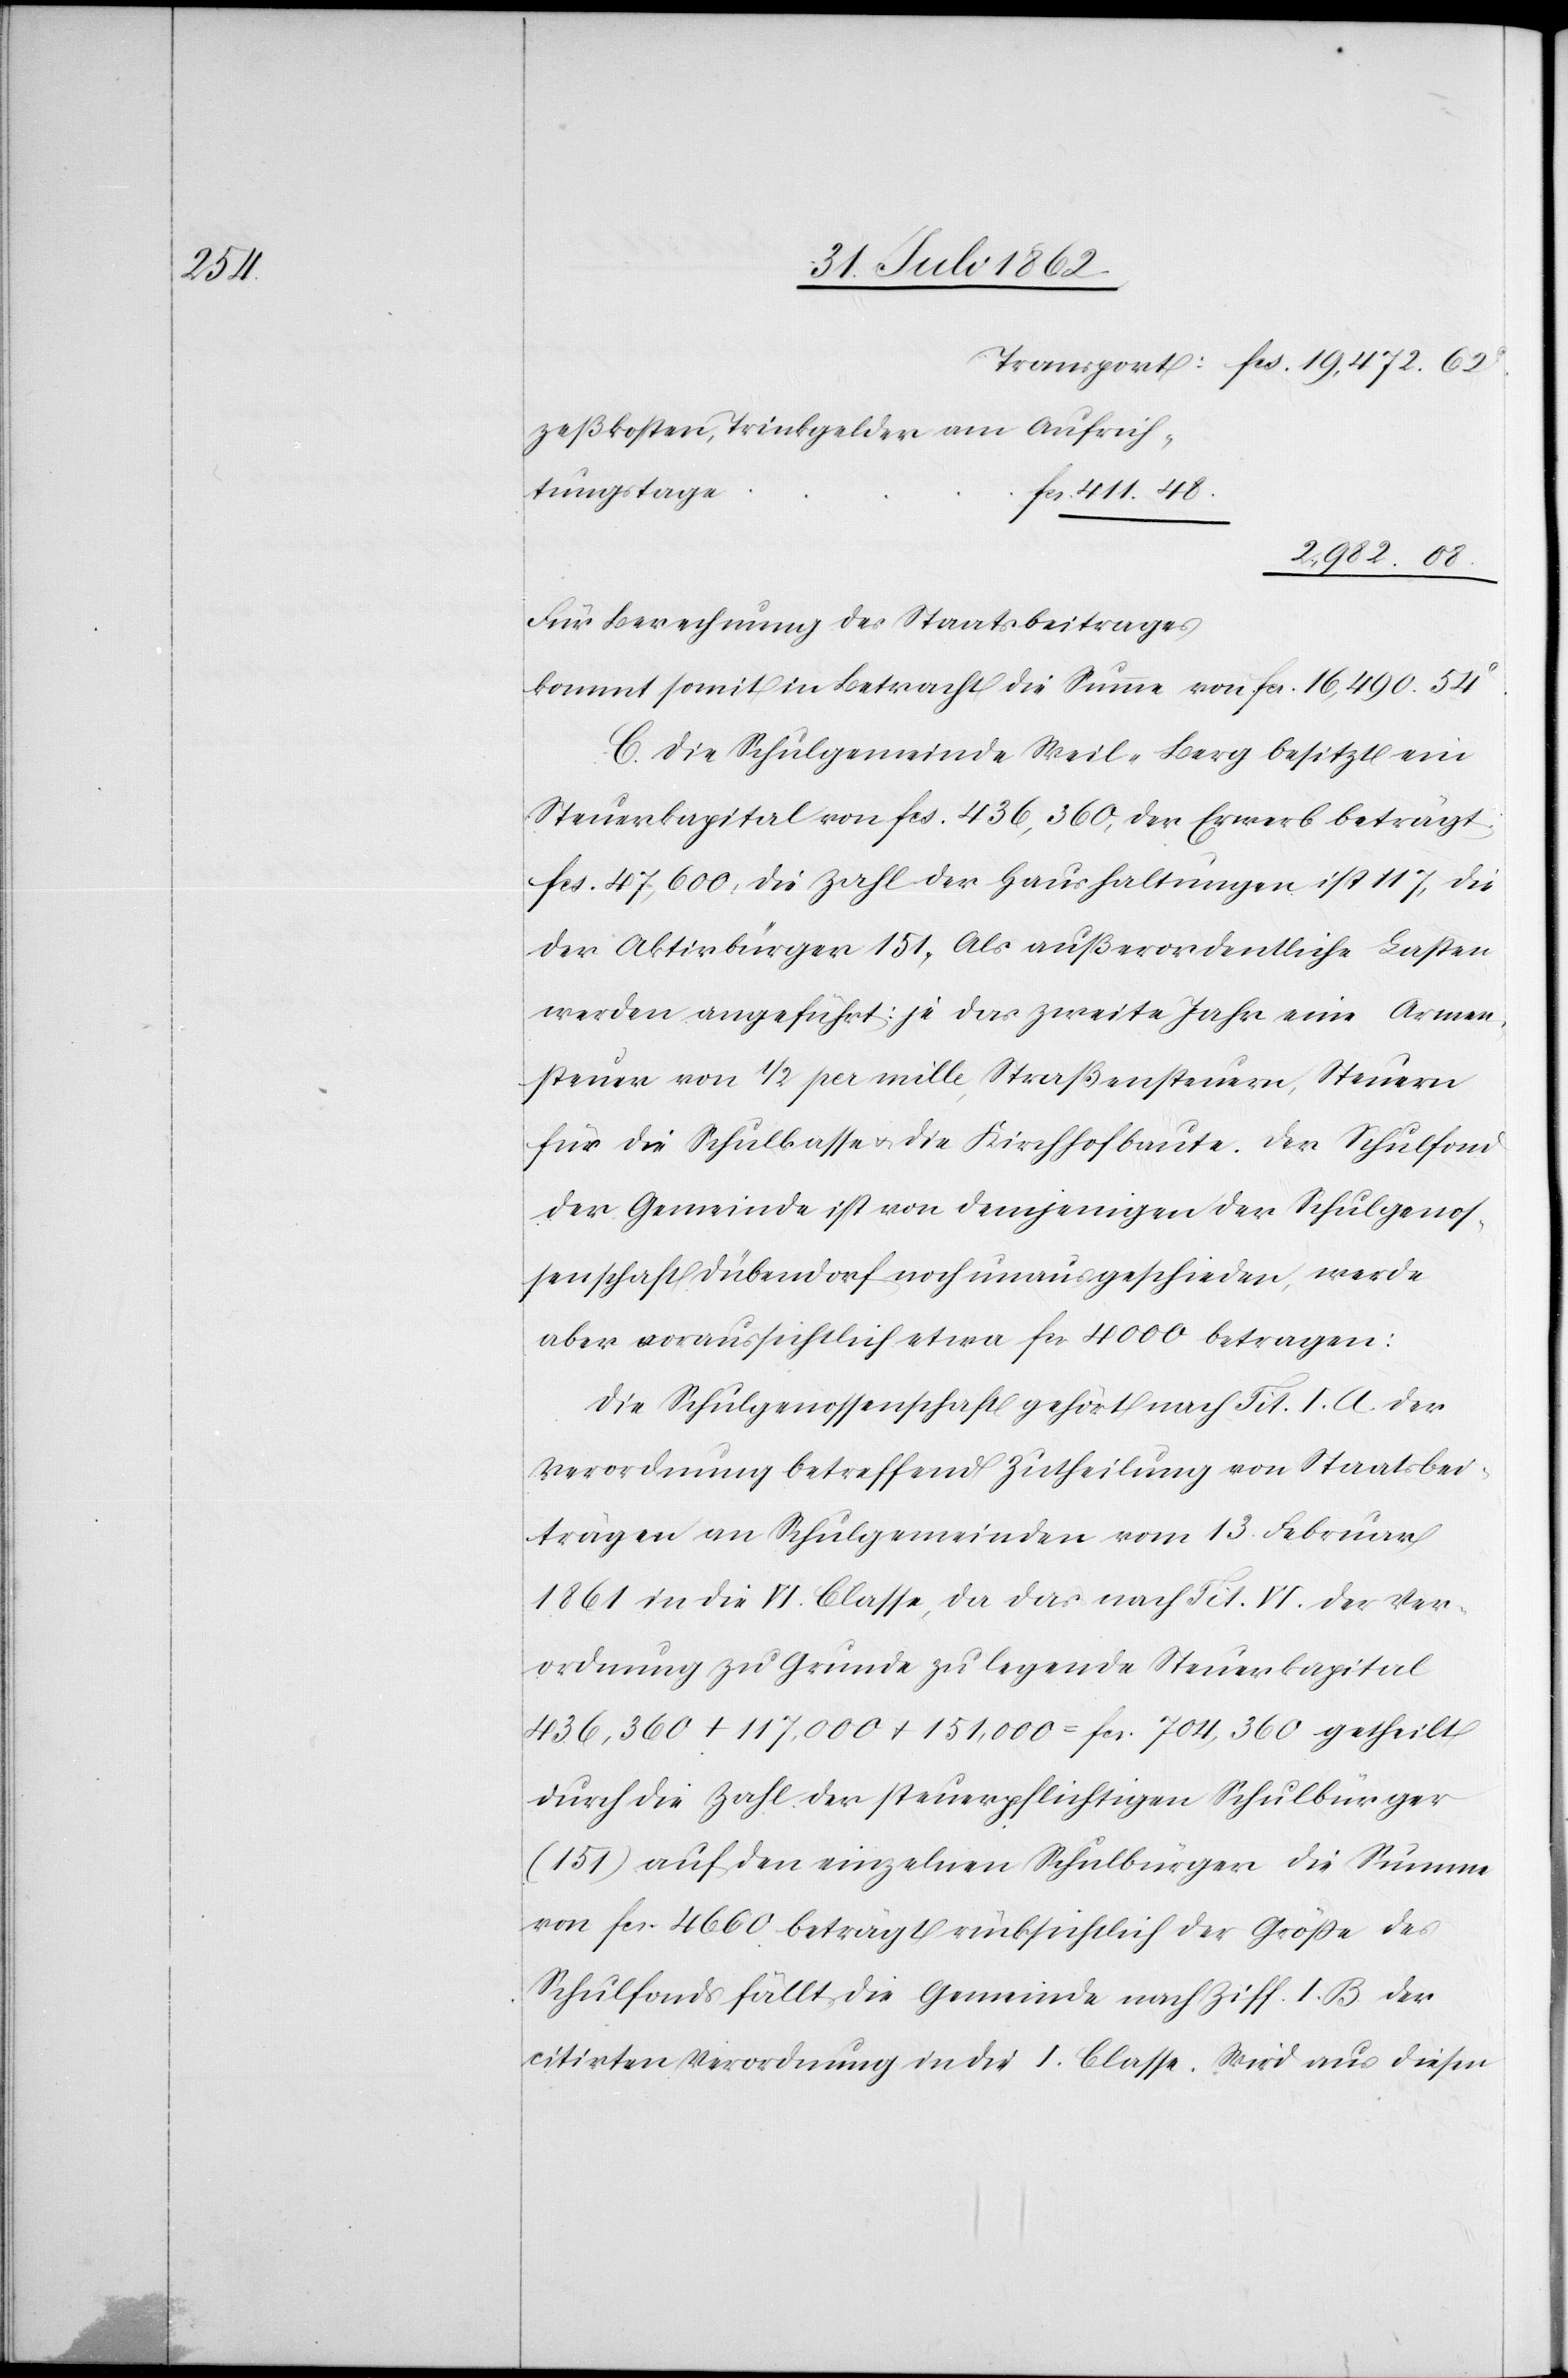
19 472

zeßkosten, Trinkgelder am Aufrich¬
tungstage
von
für Berechnung des Staatsbeitrages
C. Die Schulgemeinde Weil-Berg besitzt ein
Steuerkapital von fcs. 436,360, der Erwerb beträgt
fcs. 47.600, die Zahl der Haushaltungen ist 117, die
der Aktivbürger 151, als außerordentliche Lasten
werden angeführt: je das zweite Jahr eine Armen¬
steuer von 1/2 per mille, Straßensteuern, Steuern
für die Schulkassa u. die Kirchhofbaute. Der Schulfond
der Gemeinde ist von demjenigen der Schulgenos¬
senschaft Dübendorf noch unausgeschieden, werde
aber voraussichtlich etwa fcs. 4000 betragen.
Die Schulgenossenschaft gehört nach Tit. I. A. der
Verordnung betreffend Zutheilung von Staatsbei¬
trägen an Schulgemeinden vom 13. Februar
1861 in die VI. Classe, da das nach Tit. Vi. der Ver¬
ordnung zu Grunde zu legende Steuerkapital
436,360+117,000+151,000=fcs. 704360 getheilt
durch die Zahl der steuerpflichtigen Schulbürger
(151) auf den einzelnen Schulbürger die Summe
von fcs. 4660 beträgt rücksichtlich der Größe des
Schulfonds fällt die Gemeinde nach Ziff. I. B. der
citirten Verordnung in die I. Classe. Wird aus diesen